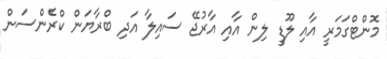
މޮންޓްގަމަރީ އާއި ލޫޑީ ލިން އާއި އާރުޖޭ ސައިލާ އަދި ބްރާޔަން ކްރެންސަން